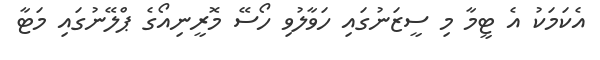
އެކަމަކު އެ ޓީމާ މި ސީޒަނުގައި ހަވާލުވި ހޯސޭ މޮރީނިއޯގެ ޕްލޭނުގައި މަޓާ